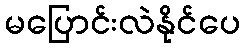
မပြောင်းလဲနိုင်ပေ